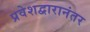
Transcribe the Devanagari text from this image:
प्रवेशद्वारानंतर